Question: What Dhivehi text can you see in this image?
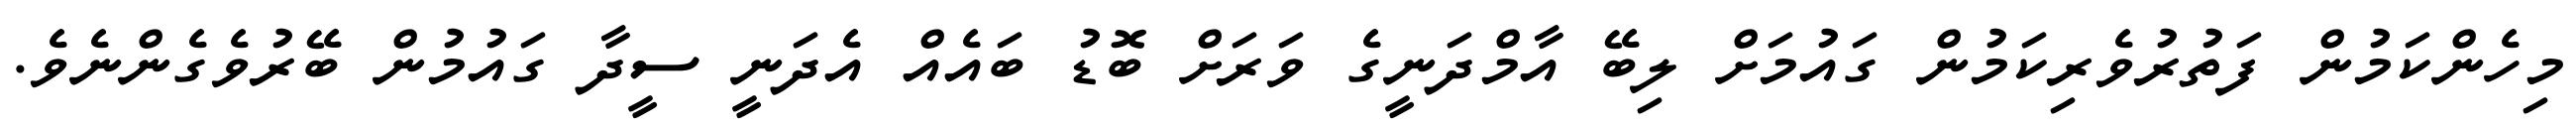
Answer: މިހެންކަމުން ފަތުރުވެރިކަމުން ގައުމަށް ލިބޭ އާމްދަނީގެ ވަރަށް ބޮޑު ބައެއް އެދަނީ ސީދާ ގައުމުން ބޭރުވެގެންނެވެ.